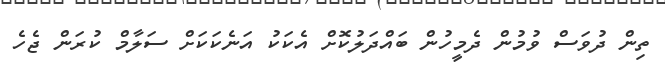
ތިން ދުވަސް ވުމުން ދެމީހުން ބައްދަލުކޮށް އެކަކު އަނެކަކަށް ސަލާމް ކުރަން ޖެހެ